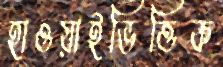
হাওয়াইভিত্তিক